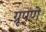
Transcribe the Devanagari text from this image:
ग्रूपणे